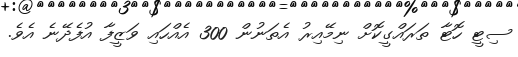
ސިޓީ ހޮޓާ ތަރައްގީކޮށް ނިމޭއިރު އެތަނުން 300 އެއްހައި ވަޒީފާ އުފެދޭނެ އެވެ.